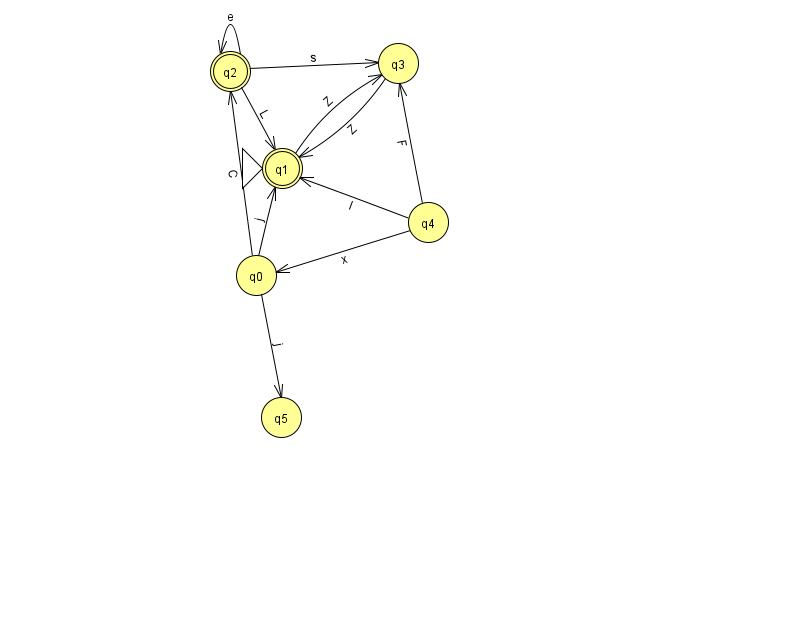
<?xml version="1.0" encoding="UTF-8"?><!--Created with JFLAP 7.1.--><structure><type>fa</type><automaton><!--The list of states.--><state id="0" name="q0"><x>256.0</x><y>262.0</y></state><state id="1" name="q1"><x>282.0</x><y>155.0</y><initial/><final/></state><state id="2" name="q2"><x>230.0</x><y>58.0</y><final/></state><state id="3" name="q3"><x>398.0</x><y>50.0</y></state><state id="4" name="q4"><x>428.0</x><y>209.0</y></state><state id="5" name="q5"><x>281.0</x><y>404.0</y></state><!--The list of transitions.--><transition><from>2</from><to>3</to><read>s</read></transition><transition><from>0</from><to>1</to><read>j</read></transition><transition><from>4</from><to>0</to><read>x</read></transition><transition><from>0</from><to>5</to><read>j</read></transition><transition><from>2</from><to>2</to><read>e</read></transition><transition><from>4</from><to>3</to><read>F</read></transition><transition><from>0</from><to>2</to><read>C</read></transition><transition><from>1</from><to>3</to><read>Z</read></transition><transition><from>3</from><to>1</to><read>Z</read></transition><transition><from>2</from><to>1</to><read>L</read></transition><transition><from>4</from><to>1</to><read>l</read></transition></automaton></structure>